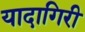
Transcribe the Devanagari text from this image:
यादागिरी